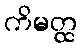
ကိမတ္ထ